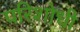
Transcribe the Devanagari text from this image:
परिशोधी